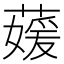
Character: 𮑘